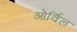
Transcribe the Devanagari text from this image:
ओर्विल